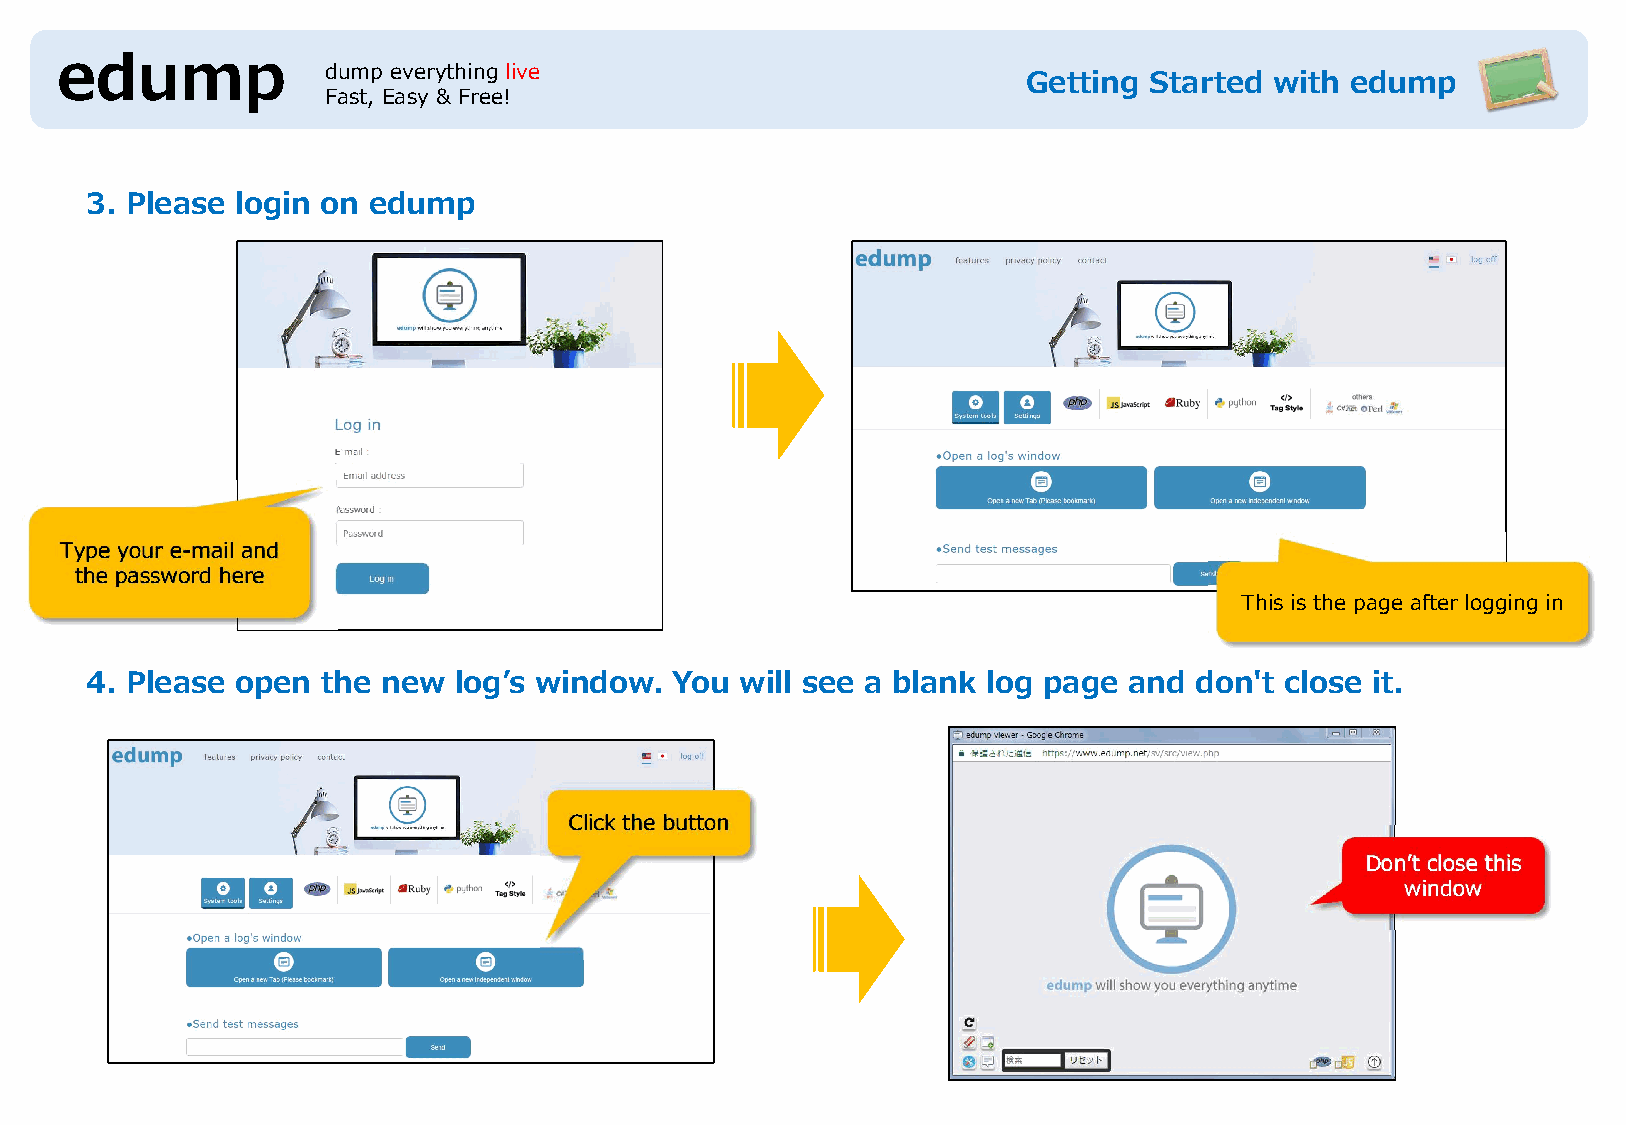
edump            dump everything live
 Getting Started with edump
 Fast, Easy & Free!
 3. Please login on edump
 Type your e-mail and
 the password here
 This is the page after logging in
 4. Please open the new  log’s window. You  will see a blank log page and don't close it.
 Click the button
 Don’t close this
 window